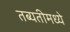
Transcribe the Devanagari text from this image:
तब्यतीमध्ये